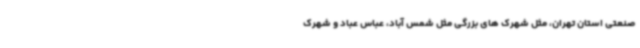
صنعتی استان تهران، مثل شهرک های بزرگی مثل شمس آباد، عباس عباد و شهرک